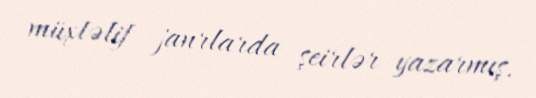
müxtəlif janrlarda şeirlər yazarmış.